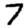
Digit: 7